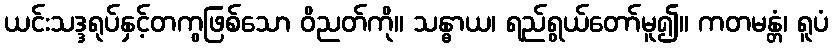
ယင်းသဒ္ဒရုပ်နှင့်တကွဖြစ်သော ဝိညတ်ကို။ သန္ဓာယ၊ ရည်ရွယ်တော်မူ၍။ ကတမန္တံ၊ ရူပံ